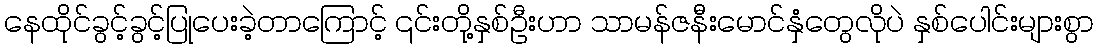
နေထိုင်ခွင့်ခွင့်ပြုပေးခဲ့တာကြောင့် ၎င်းတို့နှစ်ဦးဟာ သာမန်ဇနီးမောင်နှံတွေလိုပဲ နှစ်ပေါင်းများစွာ